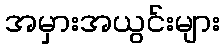
အမှားအယွင်းများ